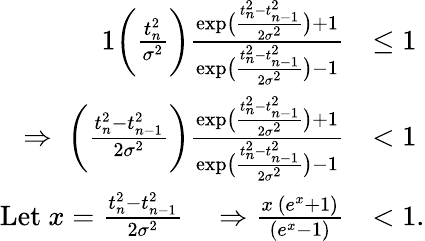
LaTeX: \begin{array}{rl}{{1}\bigg(\frac{t_{n}^{2}}{\sigma^{2}}\bigg)\frac{\mathrm{exp}\big({\frac{t_{n}^{2}-t_{n-1}^{2}}{2\sigma^{2}}}\big)+1}{\mathrm{exp}\big({\frac{t_{n}^{2}-t_{n-1}^{2}}{2\sigma^{2}}}\big)-1}}&{\leq 1}\\ {\Rightarrow\; \bigg(\frac{t_{n}^{2}-t_{n-1}^{2}}{2\sigma^{2}}\bigg)\frac{\mathrm{exp}\big({\frac{t_{n}^{2}-t_{n-1}^{2}}{2\sigma^{2}}}\big)+1}{\mathrm{exp}\big({\frac{t_{n}^{2}-t_{n-1}^{2}}{2\sigma^{2}}}\big)-1}}&{<1}\\ {\mathrm{Let~}x=\frac{t_{n}^{2}-t_{n-1}^{2}}{2\sigma^{2}}\quad\Rightarrow\frac{x\, (e^{x}+1)}{(e^{x}-1)}}&{<1.}\end{array}